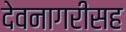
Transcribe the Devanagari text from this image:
देवनागरीसह